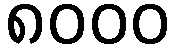
၈၀၀၀